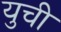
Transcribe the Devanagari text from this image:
युची